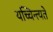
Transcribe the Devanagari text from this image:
यच्चिन्त्यते